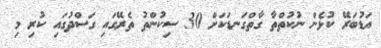
އަޑުބަރޭ ކުޅެން ނުކުތްތާ ގާތްގަނޑަކަށް 30 ސިކުންތު ތެރޭގައި ގަސްދުގައި ކުރި މި